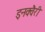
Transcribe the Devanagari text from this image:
इनक्वैरी